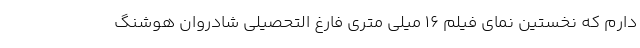
دارم که نخستین نمای فیلم ۱۶ میلی متری فارغ التحصیلی شادروان هوشنگ